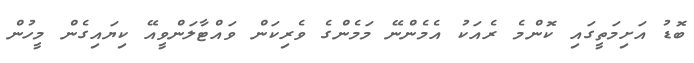
ބޮޑު އަށިމަތީގައި ކޮންމެ ރެއަކު އެމެންނޭ މަމެންގެ ވެރިކަން ވައްޓާލަންވީއޭ ކިޔައިގެން މީހުން